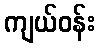
ကျယ်ဝန်း